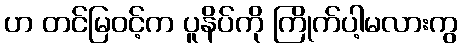
ဟ တင်မြဝင့်က ပူနိပ်ကို ကြိုက်ပါ့မလားကွ